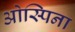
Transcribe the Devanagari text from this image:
ओस्पिना